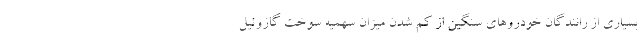
بسیاری از رانندگان خودرو‌های سنگین از کم شدن میزان سهمیه سوخت گازوئیل